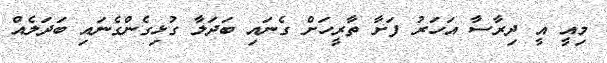
މިއީ އީ ދިރާސާ އަހަރު ފަށާ ތާރީހަށް ގެނައި ބަދަލާ ގުޅިގެންގެނައި ބަދަލެއް